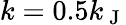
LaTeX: k=0.5k_{\mathrm{~J~}}